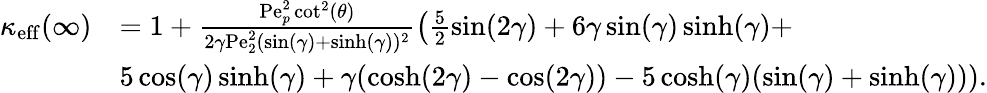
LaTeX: \begin{array}{rl}{\kappa_{\mathrm{eff}}(\infty)}&{=1+\frac{\mathrm{Pe}_{p}^{2}\cot^{2}(\theta)}{2\gamma\mathrm{Pe}_{2}^{2}(\sin(\gamma)+\sinh(\gamma))^{2}}\left(\frac{5}{2}\sin(2\gamma)+6\gamma\sin(\gamma)\sinh(\gamma)+\right.}\\ &{\left.5\cos(\gamma)\sinh(\gamma)+\gamma(\cosh(2\gamma)-\cos(2\gamma))-5\cosh(\gamma)(\sin(\gamma)+\sinh(\gamma))\right).}\end{array}